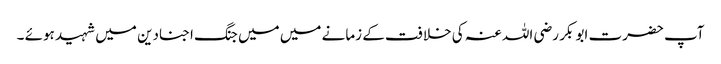
آپ حضرت ابو بکر رضی اللہ عنہ کی خلافت کے زمانے میں میں جنگ اجنادین میں شہید ہوئے ۔